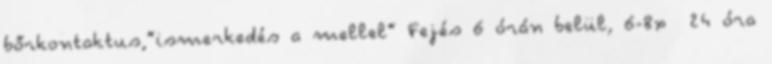
bőrkontaktus,”ismerkedés a mellel” Fejés 6 órán belül, 6-8x 24 óra